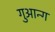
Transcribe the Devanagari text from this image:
गुआन्ग